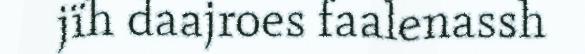
jïh daajroes faalenassh